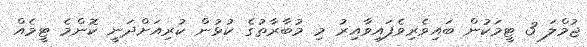
ޖުމްލަ 3 ޓީމަކުން ބައިވެރިވެފައިވާއިރު މި މުބާރާތުގެ ކުޅުން ކުރިއަށްދަނީ ކޮންމެ ޓީމެއް